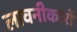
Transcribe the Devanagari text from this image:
लावनीकारों